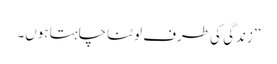
’’زندگی کی طرف لوٹنا چاہتا ہوں۔